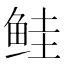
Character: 鲑